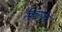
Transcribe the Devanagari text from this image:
विवरणीय